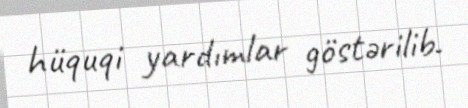
hüquqi yardımlar göstərilib.